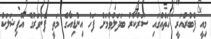
މިއީ ފެބުރުއަރީ ހަތެއްގައި ސަރުކާރު ބަދަލުވުމަށް ފަހު އިންޑިއާގެ މަތީ ފެންވަރުގެ އޮފިޝަލަކު